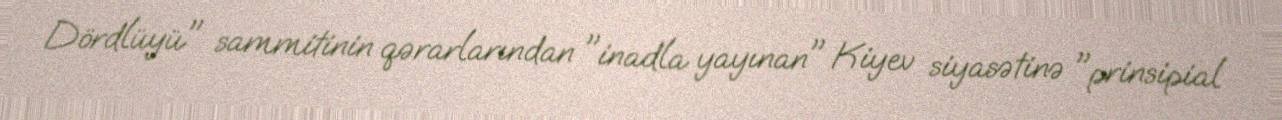
Dördlüyü" sammitinin qərarlarından "inadla yayınan" Kiyev siyasətinə "prinsipial